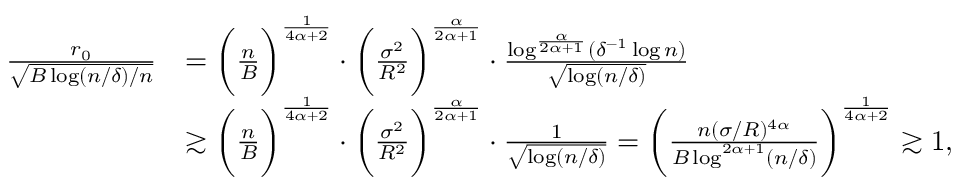
\begin{array} { r l } { \frac { r _ { 0 } } { \sqrt { B \log ( n / \delta ) / n } } } & { = \bigg ( \frac { n } { B } \bigg ) ^ { \frac { 1 } { 4 \alpha + 2 } } \cdot \bigg ( \frac { \sigma ^ { 2 } } { R ^ { 2 } } \bigg ) ^ { \frac { \alpha } { 2 \alpha + 1 } } \cdot \frac { \log ^ { \frac { \alpha } { 2 \alpha + 1 } } ( \delta ^ { - 1 } \log n ) } { \sqrt { \log ( n / \delta ) } } } \\ & { \gtrsim \bigg ( \frac { n } { B } \bigg ) ^ { \frac { 1 } { 4 \alpha + 2 } } \cdot \bigg ( \frac { \sigma ^ { 2 } } { R ^ { 2 } } \bigg ) ^ { \frac { \alpha } { 2 \alpha + 1 } } \cdot \frac { 1 } { \sqrt { \log ( n / \delta ) } } = \bigg ( \frac { n ( \sigma / R ) ^ { 4 \alpha } } { B \log ^ { 2 \alpha + 1 } ( n / \delta ) } \bigg ) ^ { \frac { 1 } { 4 \alpha + 2 } } \gtrsim 1 , } \end{array}